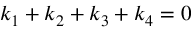
k _ { 1 } + k _ { 2 } + k _ { 3 } + k _ { 4 } = 0